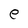
Character: e